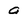
Character: 9